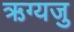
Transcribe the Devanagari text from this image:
ऋग्यजु